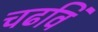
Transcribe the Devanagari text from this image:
चढविं